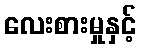
လေးစားမှုနှင့်